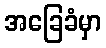
အခြေခံမှာ